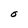
Character: O